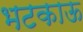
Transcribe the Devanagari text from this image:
भटकाऊ